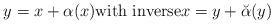
LaTeX: \begin{align*}y = x + \alpha(x) {\rm with \ inverse } x = y + \breve \alpha(y)\end{align*}